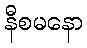
နီစမနော